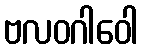
ဗလဝဂါဝေါ